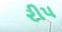
રીપ